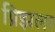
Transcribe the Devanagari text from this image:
प्रिझलर